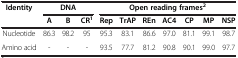
<table><thead><tr><td><b>Identity</b></td><td colspan="3"><b>DNA</b></td><td colspan="7"><b>Open reading frames<sup>2</sup></b></td></tr><tr><td><b> </b></td><td><b>A</b></td><td><b>B</b></td><td><b>CR<sup>1</sup></b></td><td><b>Rep</b></td><td><b>TrAP</b></td><td><b>REn</b></td><td><b>AC4</b></td><td><b>CP</b></td><td><b>MP</b></td><td><b>NSP</b></td></tr></thead><tbody><tr><td>Nucleotide</td><td>86.3</td><td>98.2</td><td>95</td><td>95.3</td><td>83.1</td><td>86.6</td><td>97.0</td><td>81.1</td><td>99.1</td><td>98.7</td></tr><tr><td>Amino acid</td><td>-</td><td>-</td><td>-</td><td>93.5</td><td>77.7</td><td>81.2</td><td>90.8</td><td>90.1</td><td>99.0</td><td>97.7</td></tr></tbody></table>